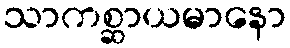
သာကစ္ဆာယမာနော